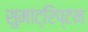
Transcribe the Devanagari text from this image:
सुमाट्रिप्टन